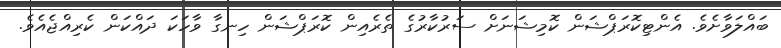
ބައްލަވާށެވެ. އެންޓިކޮރަޕްޝަން ކޮމިޝަނަށް ސަރުކާރުގެ ތެރެއިން ކޮރަޕްޝަން ހިނގާ ވާހަކަ ދައްކަން ކެރިއްޖެއެވެ.